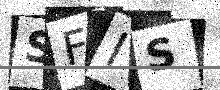
Text: SFIS